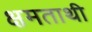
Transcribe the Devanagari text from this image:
क्षमताथी